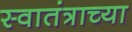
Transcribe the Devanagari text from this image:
स्वातंत्राच्या